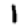
Digit: 1